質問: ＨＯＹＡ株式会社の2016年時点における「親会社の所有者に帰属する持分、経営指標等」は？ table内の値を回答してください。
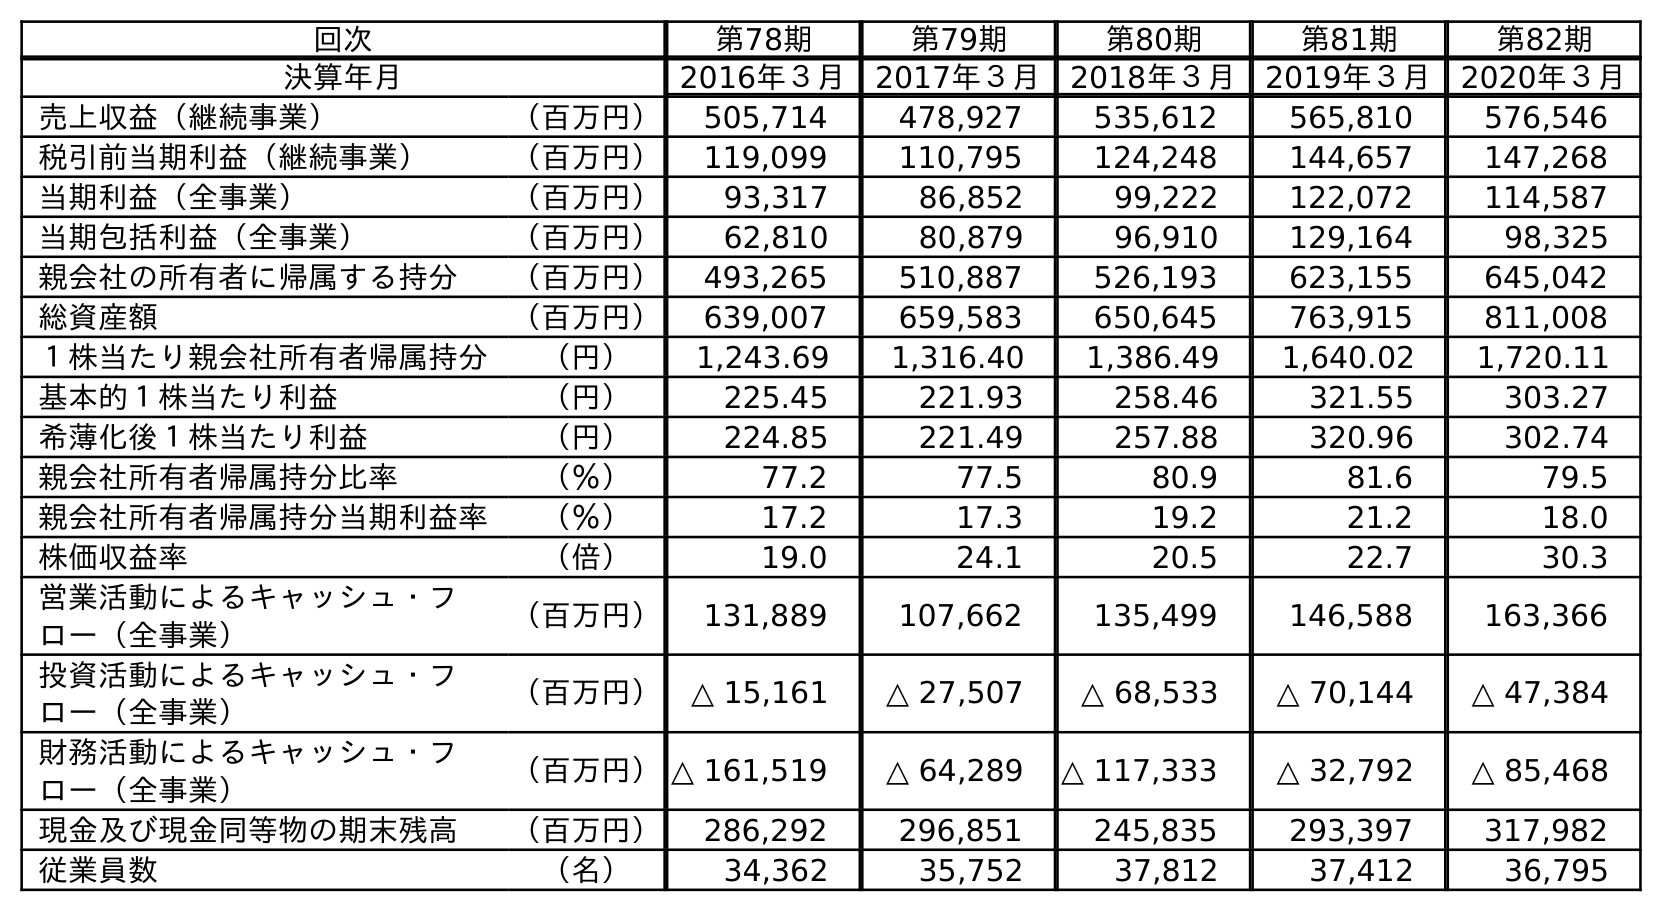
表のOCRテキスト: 回次 第78期 第79期 第80期 第81期 第82期 決算年月 2016年３月 2017年３月 2018年３月 2019年３月 2020年３月 売上収益（継続事業） （百万円） 505,714 478,927 535,612 565,810 576,546 税引前当期利益（継続事業） （百万円） 119,099 110,795 124,248 144,657 147,268 当期利益（全事業） （百万円） 93,317 86,852 99,222 122,072 114,587 当期包括利益（全事業） （百万円） 62,810 80,879 96,910 129,164 98,325 親会社の所有者に帰属する持分 （百万円） 493,265 510,887 526,193 623,155 645,042 総資産額 （百万円） 639,007 659,583 650,645 763,915 811,008 １株当たり親会社所有者帰属持分 （円） 1,243.69 1,316.40 1,386.49 1,640.02 1,720.11 基本的１株当たり利益 （円） 225.45 221.93 258.46 321.55 303.27 希薄化後１株当たり利益 （円） 224.85 221.49 257.88 320.96 302.74 親会社所有者帰属持分比率 （％） 77.2 77.5 80.9 81.6 79.5 親会社所有者帰属持分当期利益率 （％） 17.2 17.3 19.2 21.2 18.0 株価収益率 （倍） 19.0 24.1 20.5 22.7 30.3 営業活動によるキャッシュ・フ ロー（全事業） （百万円） 131,889 107,662 135,499 146,588 163,366 投資活動によるキャッシュ・フ ロー（全事業） （百万円） △ 15,161 △ 27,507 △ 68,533 △ 70,144 △ 47,384 財務活動によるキャッシュ・フ ロー（全事業） （百万円）△ 161,519 △ 64,289 △ 117,333 △ 32,792 △ 85,468 現金及び現金同等物の期末残高 （百万円） 286,292 296,851 245,835 293,397 317,982 従業員数 （名） 34,362 35,752 37,812 37,412 36,795
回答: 493,265